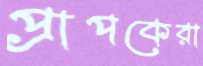
প্রাপকেরা